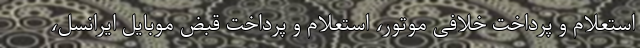
استعلام و پرداخت خلافی موتور، استعلام و پرداخت قبض موبایل ایرانسل،